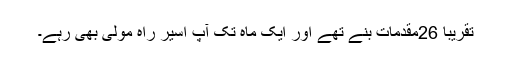
تقریباً 26مقدمات بنے تھے اور ایک ماہ تک آپ اسیر ِراہ مولیٰ بھی رہے۔